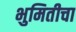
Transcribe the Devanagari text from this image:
भुमितीचा